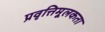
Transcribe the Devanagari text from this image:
प्रवृत्तिमूलकता